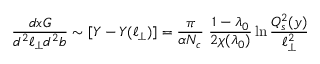
{ \frac { d x G } { d ^ { 2 } \ell _ { \perp } d ^ { 2 } b } } \sim [ Y - Y ( \ell _ { \perp } ) ] = { \frac { \pi } { \alpha N _ { c } } } \ { \frac { 1 - \lambda _ { 0 } } { 2 \chi ( \lambda _ { 0 } ) } } \ln { \frac { Q _ { s } ^ { 2 } ( y ) } { \ell _ { \perp } ^ { 2 } } }